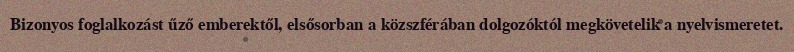
Bizonyos foglalkozást űző emberektől, elsősorban a közszférában dolgozóktól megkövetelik a nyelvismeretet.